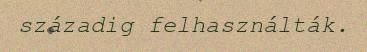
századig felhasználták.